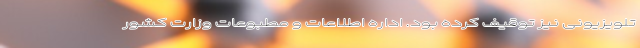
تلویزیونی نیز توقیف کرده بود. اداره اطلاعات و مطبوعات وزارت کشور